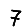
Digit: 7